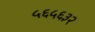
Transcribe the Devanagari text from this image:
५६५६३२